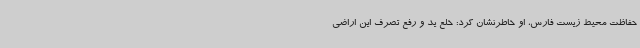
حفاظت محیط زیست فارس، او خاطرنشان کرد: خلع‌ ید و رفع تصرف این اراضی